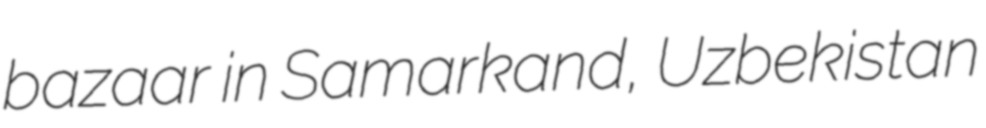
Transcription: bazaar in Samarkand, Uzbekistan